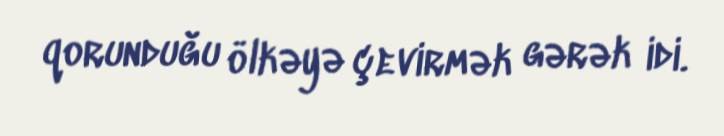
qorunduğu ölkəyə çevirmək gərək idi.